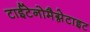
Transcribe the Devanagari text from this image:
टाईटेनोमैग्नेटाइट